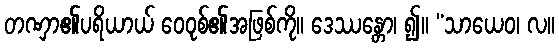
တဏှာ၏ပရိယာယ် ဝေဝုစ်၏အဖြစ်ကို။ ဒေဿန္တော၊ ၍။ “သာယေဝ၊ လ။